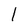
Character: 1